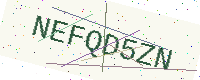
Text: NEFQD5ZN